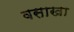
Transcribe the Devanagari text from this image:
वसाखा